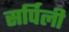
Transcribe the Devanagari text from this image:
सर्पिली